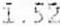
1.52